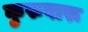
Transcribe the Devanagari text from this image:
कुरुवारू